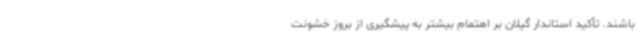
باشند. تأکید استاندار گیلان بر اهتمام بیشتر به پیشگیری از بروز خشونت